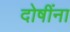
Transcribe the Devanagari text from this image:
दोषींना